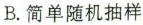
B.简单随机抽样